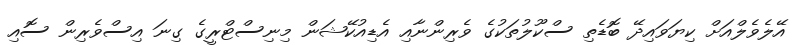
އޭލެވެލްއަށް ކިޔަވައިދޭ ބޮޑެތި ސްކޫލުތަކުގެ ވެރިންނާއި އެޑިއުކޭޝަން މިނިސްޓްރީގެ ގިނަ އިސްވެރިން ސޮއި